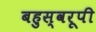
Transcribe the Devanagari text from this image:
बहुस्वरूपी